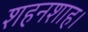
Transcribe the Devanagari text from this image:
शहनशाह।